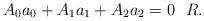
LaTeX: \begin{align*} A_0a_0+A_1a_1 + A_2a_2 = 0 \ \ R.\end{align*}